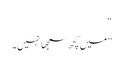
“
”میں کچھ سمجھا نہیں۔